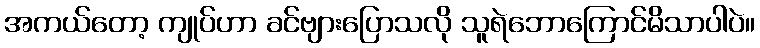
အကယ်တော့ ကျုပ်ဟာ ခင်ဗျားပြောသလို သူရဲဘောကြောင်မိသာပါပဲ။